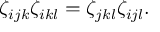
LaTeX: \zeta _ { i j k } \zeta _ { i k l } = \zeta _ { j k l } \zeta _ { i j l } .